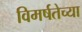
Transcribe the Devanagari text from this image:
विमर्षतेच्या